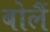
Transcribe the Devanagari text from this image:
बोलैं